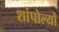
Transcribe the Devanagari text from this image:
शांपोल्यों